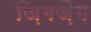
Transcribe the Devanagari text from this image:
ज़िगज़ैग